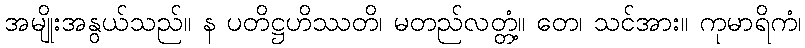
အမျိုးအနွယ်သည်။ န ပတိဋ္ဌဟိဿတိ၊ မတည်လတ္တံ့။ တေ၊ သင်အား။ ကုမာရိကံ၊